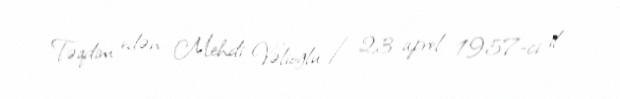
Təqdim edən: Mehdi Vəlioğlu / 23 aprel 1957-ci il